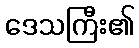
ဒေသကြီး၏